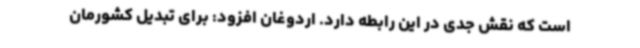
است که نقش جدی در این رابطه دارد. اردوغان افزود: برای تبدیل کشورمان